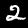
Label: 2